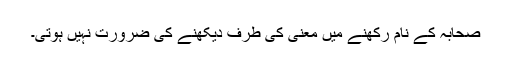
صحابہ کے نام رکھنے میں معنی کی طرف دیکھنے کی ضرورت نہیں ہوتی۔